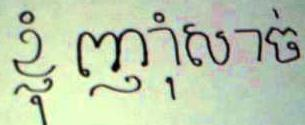
ខ្ញុំ ញុាំសាច់